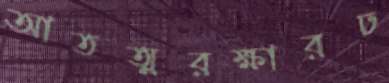
আতত্মরক্ষারঢ